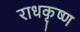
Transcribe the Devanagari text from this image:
राधकृष्ण